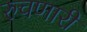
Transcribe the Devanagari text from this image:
रुचणारी